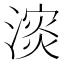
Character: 𪷅